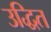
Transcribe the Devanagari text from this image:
उद्धित